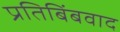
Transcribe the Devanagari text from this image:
प्रतिबिंबवाद